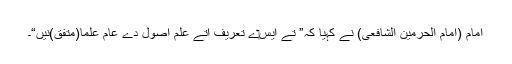
امام (امام الحرمین الشافعی) نے کہیا کہ” تے ايس‏ے تعریف اُتے علمِ اصول دے عام علما(متفق)نيں“۔